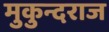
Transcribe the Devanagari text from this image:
मुकुन्दराज